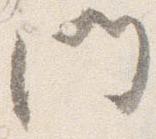
門